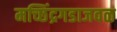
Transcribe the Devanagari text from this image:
मच्छिंद्रगडाजवळ